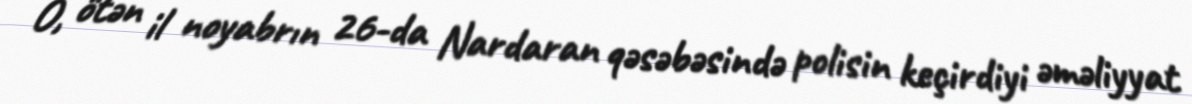
O, ötən il noyabrın 26-da Nardaran qəsəbəsində polisin keçirdiyi əməliyyat